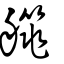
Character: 艞